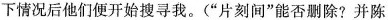
一下情况后他们便开始搜寻我。(”片刻间”能否则除?并陈